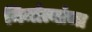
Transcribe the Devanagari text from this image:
निर्मात्यांचा